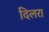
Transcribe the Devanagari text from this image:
दिलरा